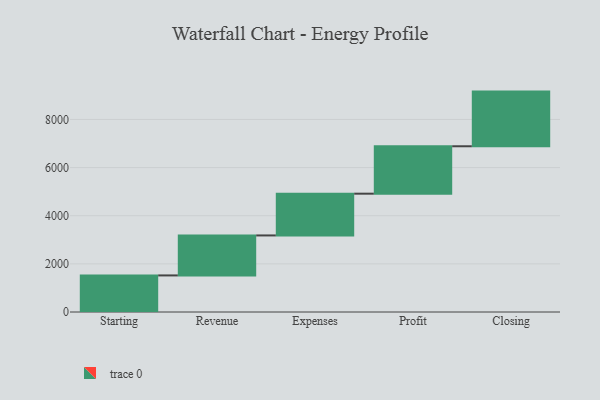
{"axis": {"x": "Step", "y": "Value"}, "legend": [""], "data": [{"x": "Starting", "y": 1520.0, "type": ""}, {"x": "Revenue", "y": 1661.0, "type": ""}, {"x": "Expenses", "y": 1735.0, "type": ""}, {"x": "Profit", "y": 1970.0, "type": ""}, {"x": "Closing", "y": 2271.0, "type": ""}]}